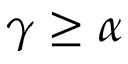
\gamma \geq \alpha